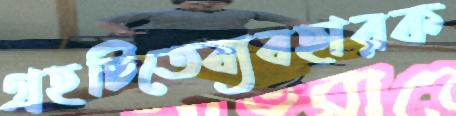
গ্রহটিতেব্যবহারক